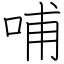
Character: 哺